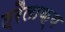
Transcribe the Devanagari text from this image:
त्रैलाक्य